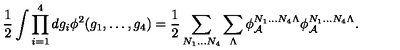
\frac { 1 } { 2 } \int \prod _ { i = 1 } ^ { 4 } d g _ { i } \phi ^ { 2 } ( g _ { 1 } , \ldots , g _ { 4 } ) = \frac { 1 } { 2 } \sum _ { N _ { 1 } \ldots N _ { 4 } } \sum _ { \Lambda } \phi _ { \cal A } ^ { N _ { 1 } \ldots N _ { 4 } \Lambda } \phi _ { \cal A } ^ { N _ { 1 } \ldots N _ { 4 } \Lambda } .